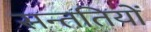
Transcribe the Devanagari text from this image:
सन्ततियों